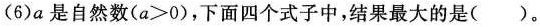
(6)a是自然数(a>0)，下面四个式子中，结果最大的是( )。